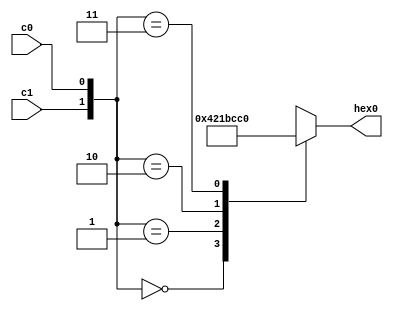
module lab3part1(
	input wire c0,
	input wire c1,
	output reg [6:0] hex0
	);
	
	always @ *
	case ( {c1,c0} ) // case   
	2'b00: hex0 = 7'b0100001; //d  7seg
	2'b01: hex0 = 7'b0000110; //E  7seg
	2'b10: hex0 = 7'b1111001; //1  7seg
	2'b11: hex0 = 7'b1000000; //0  7seg
	endcase
	
	endmodule